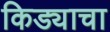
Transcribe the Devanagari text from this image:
किड्याचा